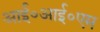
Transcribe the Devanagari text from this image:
आई०आई०एम